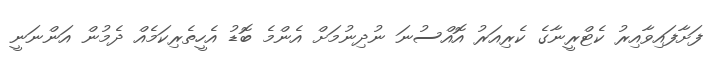
ފަށާފައިވާއިރު ކެޓްރީނާގެ ކެރިއަރު އޮއްސުނަ ނުދިނުމަށް އެންމެ ބޮޑު އެހީތެރިކަމެއް ދެމުން އަންނަނީ